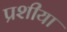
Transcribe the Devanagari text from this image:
प्रशीया